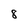
Character: 8